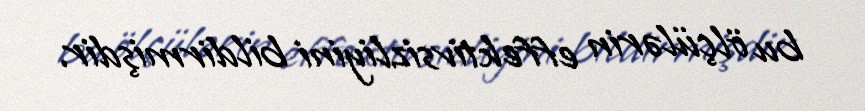
bu ölçülərin effektivsizliyini bildirmişdir.